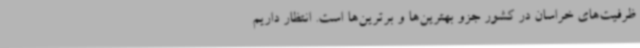
ظرفیت‌های خراسان در کشور جزو بهترین‌ها و برترین‌ها است. انتظار داریم